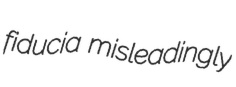
fiducia misleadingly